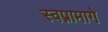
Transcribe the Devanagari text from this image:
स्वप्नामागे